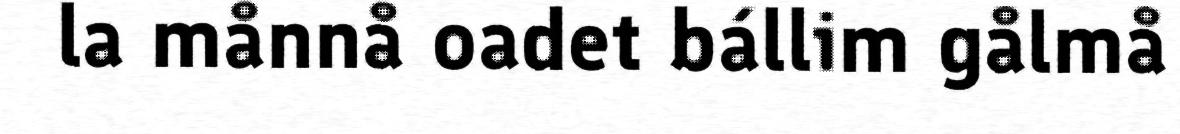
la månnå oadet bállim gålmå